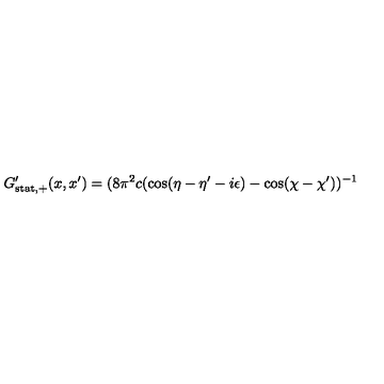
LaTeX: G _ { \mathrm { s t a t , + } } ^ { \prime } ( x , x ^ { \prime } ) = ( 8 \pi ^ { 2 } c ( \cos ( \eta - \eta ^ { \prime } - i \epsilon ) - \cos ( \chi - \chi ^ { \prime } ) ) ^ { - 1 }